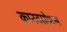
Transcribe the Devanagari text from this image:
कानवरसेशन्स